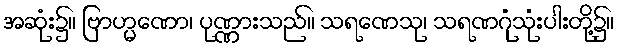
အဆုံး၌။ ဗြာဟ္မဏော၊ ပုဏ္ဏားသည်။ သရဏေသု၊ သရဏဂုံသုံးပါးတို့၌။